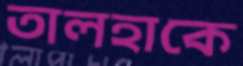
তালহাকে